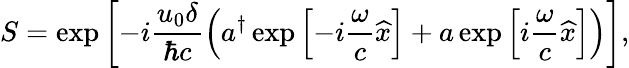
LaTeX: S=\exp\left[-i\frac{u_{0}\delta}{\hbar c}\left(a^{\dagger}\exp\left[-i\frac{\omega}{c}\widehat{x}\right]+a\exp\left[i\frac{\omega}{c}\widehat{x}\right]\right)\right],